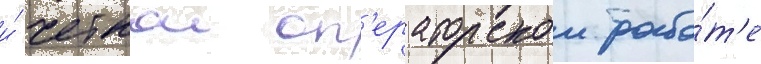
и́ четкои оп'ераторскои рабо́т'е